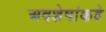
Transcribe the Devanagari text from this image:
अवशेषांकडे